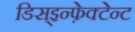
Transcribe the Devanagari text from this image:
डिस्इन्फ़ेक्टेन्ट